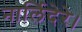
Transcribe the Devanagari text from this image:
नार्लिदेरे।